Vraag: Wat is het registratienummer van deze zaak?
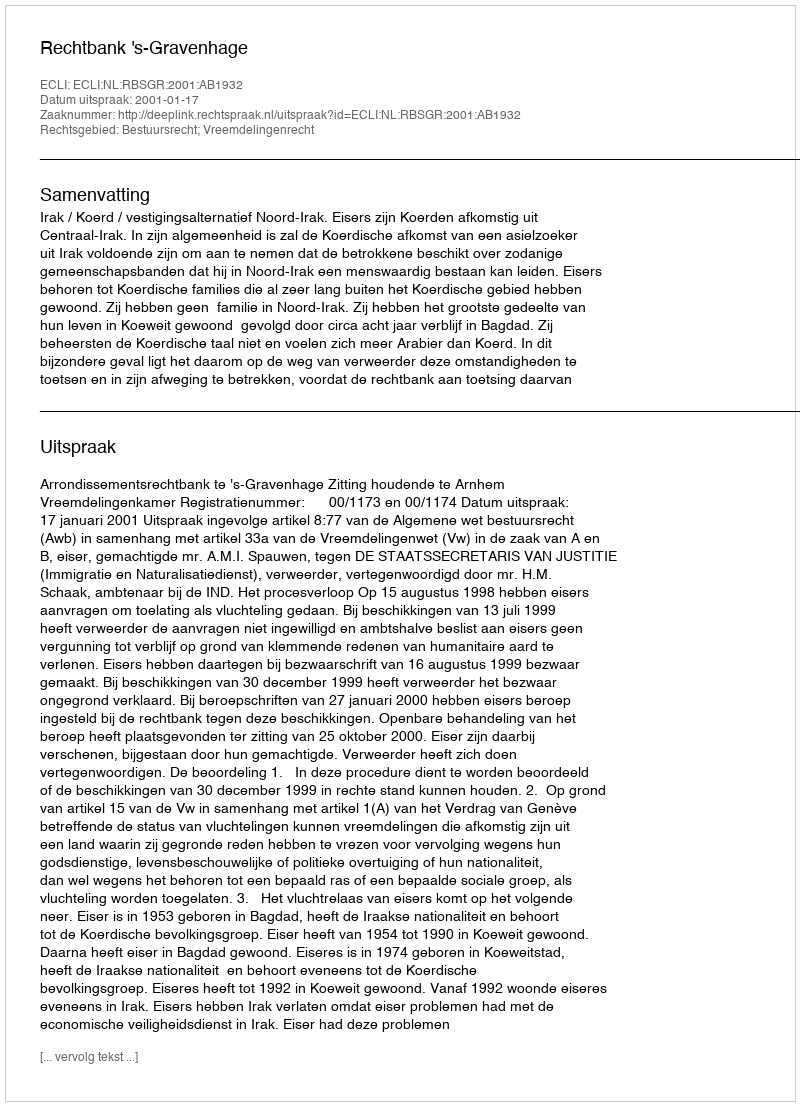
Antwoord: http://deeplink.rechtspraak.nl/uitspraak?id=ECLI:NL:RBSGR:2001:AB1932